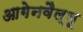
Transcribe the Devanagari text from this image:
आगेनवैल्यू